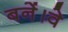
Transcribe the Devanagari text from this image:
बनें।वे